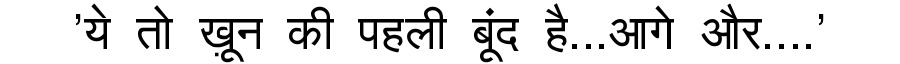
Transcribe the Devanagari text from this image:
'ये तो ख़ून की पहली बूंद है...आगे और....'